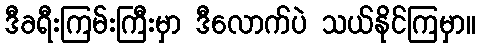
ဒီခရီးကြမ်းကြီးမှာ ဒီလောက်ပဲ သယ်နိုင်ကြမှာ။